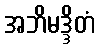
အဘိမဒ္ဒိတံ